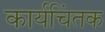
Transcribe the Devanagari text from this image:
कार्यचिंतक